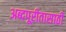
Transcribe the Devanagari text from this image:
अब्दपूरीतासाठी